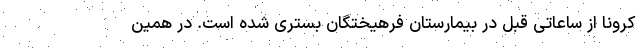
کرونا از ساعاتی قبل در بیمارستان فرهیختگان بستری شده است. در همین